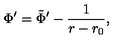
\Phi ^ { \prime } = \tilde { \Phi } ^ { \prime } - { \frac { 1 } { r - r _ { 0 } } } ,